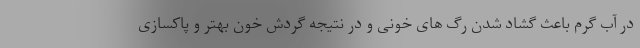
در آب گرم باعث گشاد شدن رگ های خونی و در نتیجه گردش خون بهتر و پاکسازی